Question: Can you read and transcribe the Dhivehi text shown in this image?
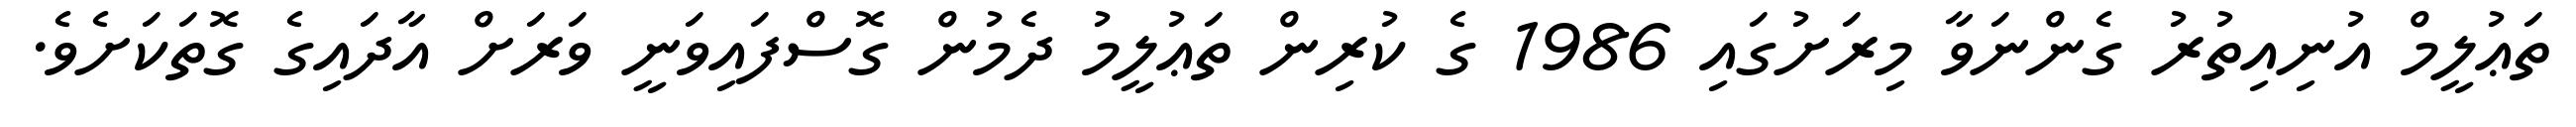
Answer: ތަޢުލީމް އުނިއިތުރު ގެންނަވާ މިރަށުގައި 1986 ގެ ކުރިން ތަޢުލީމު ދެމުން ގޮސްފައިވަނީ ވަރަށް އާދައިގެ ގޮތަކަށެވެ.